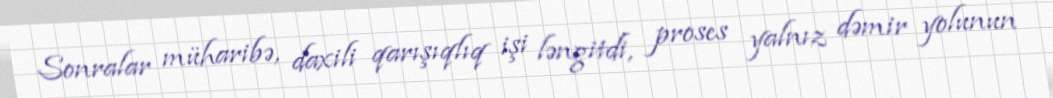
Sonralar müharibə, daxili qarışıqlıq işi ləngitdi, proses yalnız dəmir yolunun